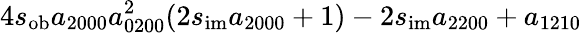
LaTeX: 4s_{\mathrm{ob}}a_{2000}a_{0200}^{2}(2s_{\mathrm{im}}a_{2000}+1)-2s_{\mathrm{im}}a_{2200}+a_{1210}